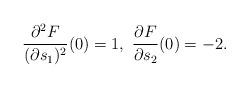
LaTeX: \begin{align*}\frac{\partial^2 F}{(\partial s_1)^2}(0)=1,\ \frac{\partial F}{\partial s_2}(0)=-2.\end{align*}